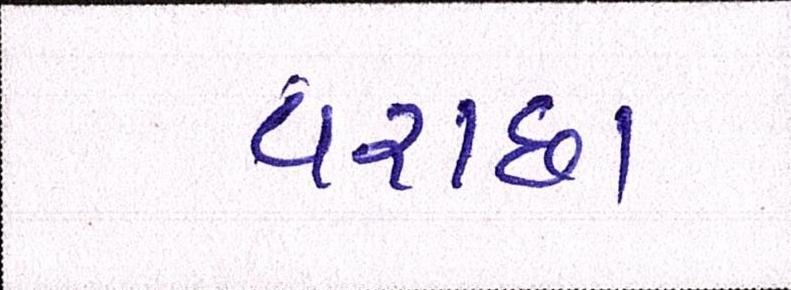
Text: વરાછા